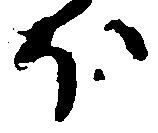
ほ